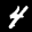
Label: 4